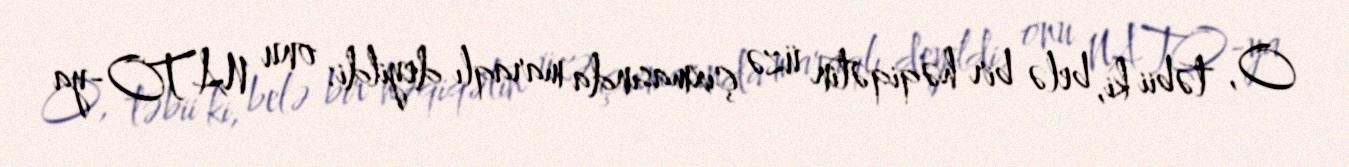
O, təbii ki, belə bir həqiqətin üzə çıxmasında maraqlı deyildi: onu NATO-ya